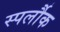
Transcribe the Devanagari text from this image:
स्पर्लौक